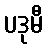
ပဒုမီ